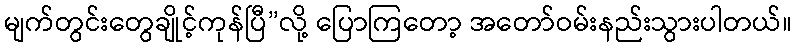
မျက်တွင်းတွေချိုင့်ကုန်ပြီ”လို့ ပြောကြတော့ အတော်ဝမ်းနည်းသွားပါတယ်။